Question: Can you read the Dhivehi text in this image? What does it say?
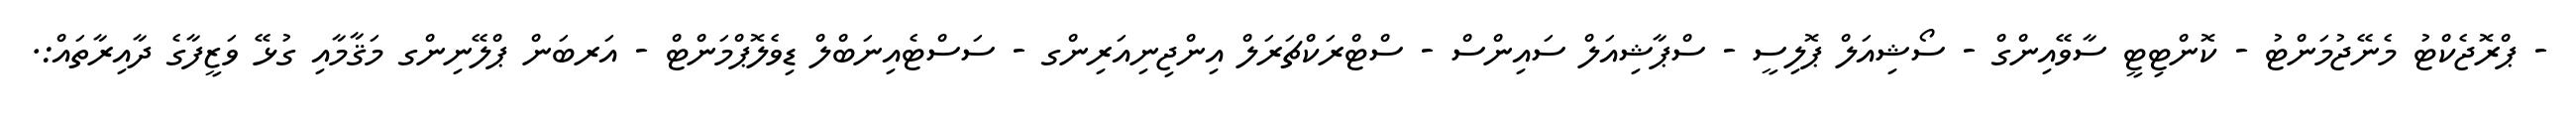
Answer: - ޕްރޮޖެކްޓު މެނޭޖުމަންޓު - ކޮންޓިޓީ ސާވޭއިންގް - ސޯޝިއަލް ޕޮލިސީ - ސްޕާޝިއަލް ސައިންސް - ސްޓްރަކްޗަރަލް އިންޖިނިއަރިންގ - ސަސްޓެއިނަބްލް ޑިވެލޮޕްމަންޓް - އަރބަން ޕްލޭނިންގ މަޤާމާއި ގުޅޭ ވަޒީފާގެ ދާއިރާތައް:.